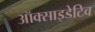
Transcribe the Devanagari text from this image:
ऑक्साइडेटिव